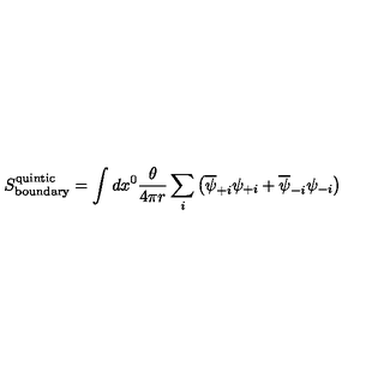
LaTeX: S _ { \mathrm { b o u n d a r y } } ^ { \mathrm { q u i n t i c } } = \int d x ^ { 0 } \frac { \theta } { 4 \pi r } \sum _ { i } \left( \overline { { \psi } } _ { + i } \psi _ { + i } + \overline { { \psi } } _ { - i } \psi _ { - i } \right)